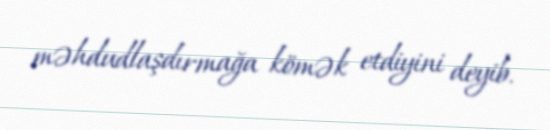
məhdudlaşdırmağa kömək etdiyini deyib.